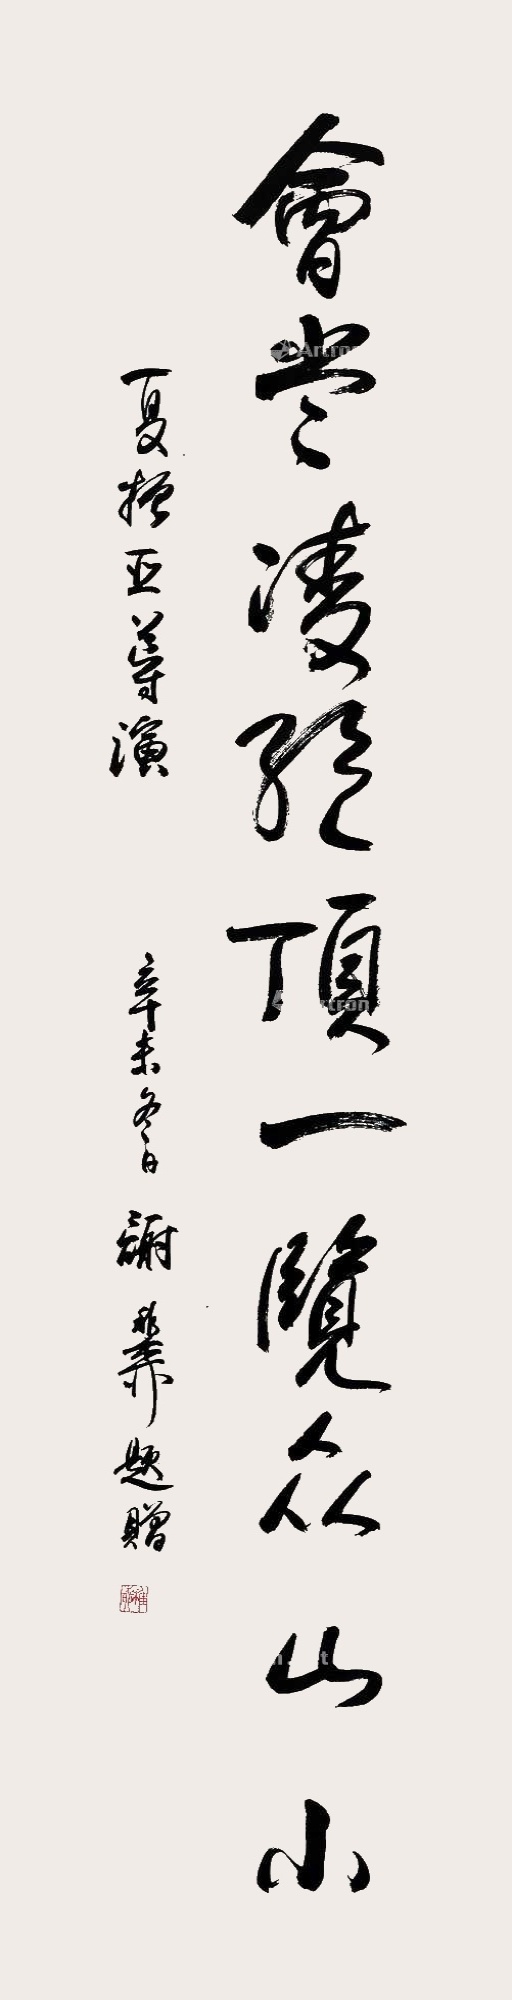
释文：会当凌绝顶，一览众山小。夏振亚导演，辛未冬日谢稚柳题赠。